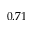
0 . 7 1